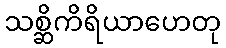
သစ္ဆိကိရိယာဟေတု